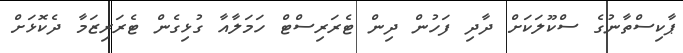
ޕާކިސްތާނުގެ ސްކޫލަކަށް ދާދި ފަހުން ދިން ޓެރަރިސްޓް ހަމަލާއާ ގުޅިގެން ޓެރަރިޒަމާ ދެކޮޅަށް